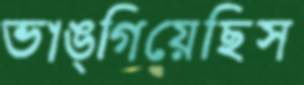
ভাঙ্গিয়েছিস